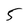
Character: 5